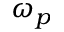
\omega _ { p }